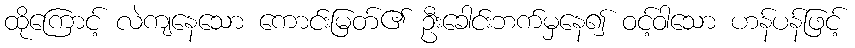
ထိုကြောင့် လဲကျနေသော ကောင်းမြတ်၏ ဦးခေါင်းဘက်မှနေ၍ ဝင့်ဝါသော ဟန်ပန်ဖြင့်